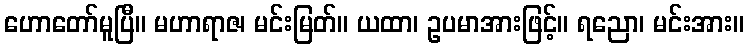
ဟောတော်မူပြီ။ မဟာရာဇ၊ မင်းမြတ်။ ယထာ၊ ဥပမာအားဖြင့်။ ရညော၊ မင်းအား။